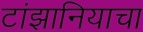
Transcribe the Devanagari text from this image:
टांझानियाचा